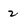
Character: 2